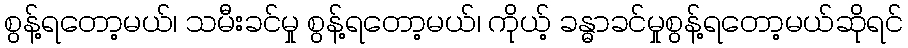
စွန့်ရတော့မယ်၊ သမီးခင်မှု စွန့်ရတော့မယ်၊ ကိုယ့် ခန္ဓာခင်မှုစွန့်ရတော့မယ်ဆိုရင်